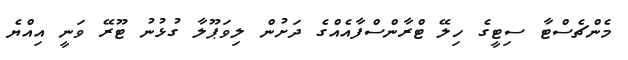
މެންޗެސްޓާ ސިޓީގެ ހިލޭ ޓްރާންސްފާއެއްގެ ދަށުން ލިވަޕޫލާ ގުޅުނު ޓޫރޭ ވަނީ އިއްޔެ